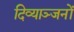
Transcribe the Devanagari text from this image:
दिव्याञ्जनों